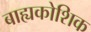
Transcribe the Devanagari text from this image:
बाह्यकोशिक